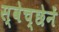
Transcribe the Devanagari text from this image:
स्वेच्छेनें